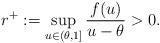
LaTeX: \begin{align*}r^+:=\sup_{u\in (\theta,1]} \frac{f(u)}{u-\theta}>0.\end{align*}